Indian journal of veterinary science and animal husbandry - Volumes 26-27, 1956-1957
Year: 1956
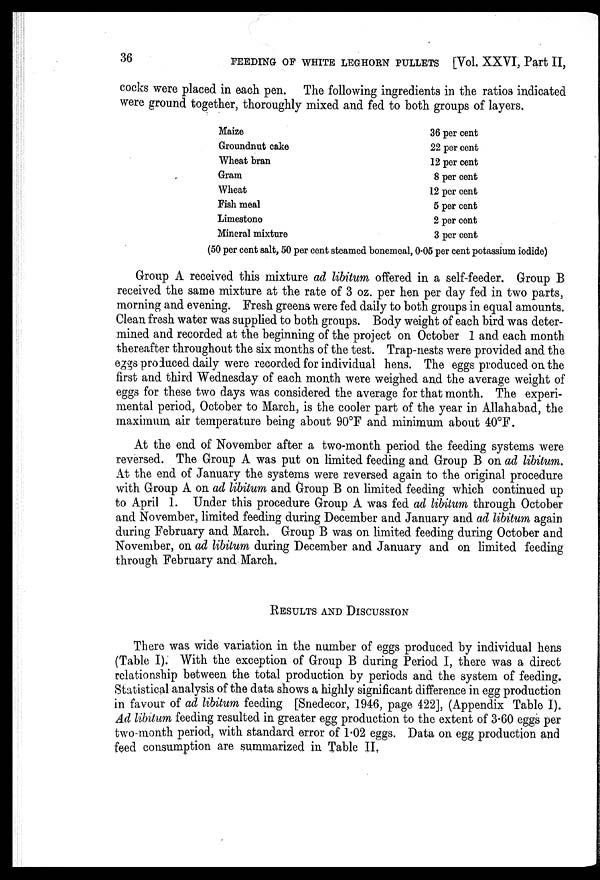
36
FEEDING OF WHITE LEGHORN PULLETS [Vol. XXVI, Part II,
cocks were placed in each pen. The following ingredients in the ratios indicated
were ground together, thoroughly mixed and fed to both groups of layers.
Maize
Groundnut cake
Wheat bran
Gram
Wheat
Fish meal
Limestone
Mineral mixture
36 per cent
22 per cent
12 per cent
8 per cent
12 per cent
5 per cent
2 per cent
3 per cent
(50 per cent salt, 50 per cent steamed bonemeal, 0.05 per cent potassium iodide)
Group A received this mixture ad libitum offered in a self-feeder. Group B
received the same mixture at the rate of 3 oz. per hen per day fed in two parts,
morning and evening. Fresh greens were fed daily to both groups in equal amounts.
Clean fresh water was supplied to both groups. Body weight of each bird was deter-
mined and recorded at the beginning of the project on October 1 and each month
thereafter throughout the six months of the test. Trap-nests were provided and the
eggs produced daily were recorded for individual hens. The eggs produced on the
first and third Wednesday of each month were weighed and the average weight of
eggs for these two days was considered the average for that month. The experi-
mental period, October to March, is the cooler part of the year in Allahabad, the
maximum air temperature being about 90°F and minimum about 40°F.
At the end of November after a two-month period the feeding systems were
reversed. The Group A was put on limited feeding and Group B on ad libitum.
At the end of January the systems were reversed again to the original procedure
with Group A on ad libitum and Group B on limited feeding which continued up
to April 1. Under this procedure Group A was fed ad libitum through October
and November, limited feeding during December and January and ad libitum again
during February and March. Group B was on limited feeding during October and
November, on ad libitum during December and January and on limited feeding
through February and March.
RESULTS AND DISCUSSION
There was wide variation in the number of eggs produced by individual hens
(Table I). With the exception of Group B during Period I, there was a direct
relationship between the total production by periods and the system of feeding.
Statistical analysis of the data shows a highly significant difference in egg production
in favour of ad libitum feeding [Snedecor, 1946, page 422], (Appendix Table I).
Ad libitum feeding resulted in greater egg production to the extent of 3.60 eggs per
two-month period, with standard error of 1.02 eggs. Data on egg production and
feed consumption are summarized in Table II.